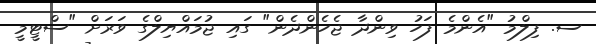
ސ. ފިލްމު "އެންމެ ފަހު ވިންދާ ޖެހެންދެން" ގައި ޖުމައްޔިލްގެ ވަރަށް "ސްޓީމީ